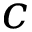
c